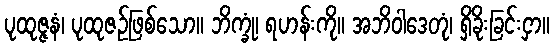
ပုထုဇ္ဇနံ၊ ပုထုဇဉ်ဖြစ်သော။ ဘိက္ခုံ၊ ရဟန်းကို။ အဘိဝါဒေတုံ၊ ရှိခိုးခြင်းငှာ။